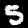
Label: 5